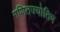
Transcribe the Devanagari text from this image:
गणितज्योतिष